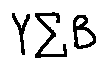
Y \sum B